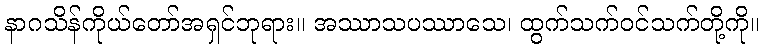
နာဂသိန်ကိုယ်တော်အရှင်ဘုရား။ အဿာသပဿာသေ၊ ထွက်သက်ဝင်သက်တို့ကို။